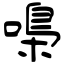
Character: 嘄